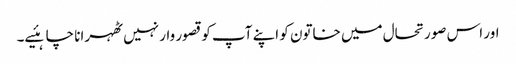
اور اس صورتحال میں خاتون کو اپنے آپ کو قصور وار نہیں ٹھہرانا چاہئیے۔